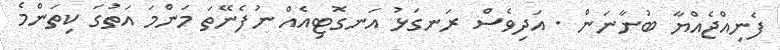
ފެނިއްޖެއްޔާ ބުނާނަން . އަދިވެސް ރަނގަޅު އަނގޮޓިއެއް ނުފެނޭތަ މަންމަ އަތުގަ ކިތަންމެ